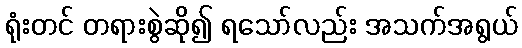
ရုံးတင် တရားစွဲဆို၍ ရသော်လည်း အသက်အရွယ်